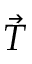
\vec { T }